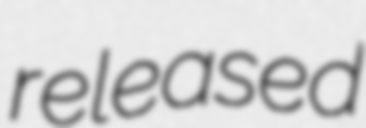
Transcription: released